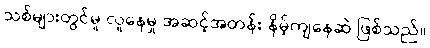
သစ်များတွင်မူ လူနေမှု အဆင့်အတန်း နိမ့်ကျနေဆဲ ဖြစ်သည်။